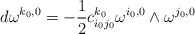
\begin{align*}d\omega^{k_{0},0}= -\frac{1}{2} c_{i_{ 0}j_{ 0}}^{k_{ 0}}\omega^{i_{ 0}, 0} \wedge \omega^{j_{ 0}, 0}\end{align*}